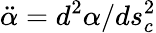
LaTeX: \ddot{\alpha}=d^{2}\alpha/ds_{c}^{2}